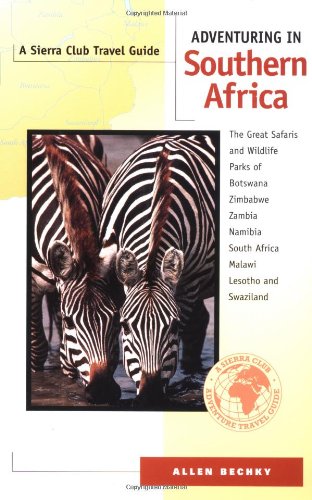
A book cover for Adventuring in Southern Africa: The Great Safaris and Wildlife Parks of Botswana, Zimbabwe, Zambia, Namibia, South Africa, Malawi, Lesotho, and Swaziland; Allen Bechky; Travel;